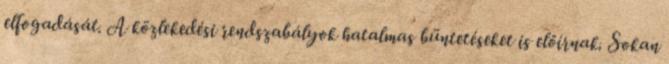
elfogadását. A közlekedési rendszabályok hatalmas büntetéseket is előírnak. Sokan